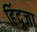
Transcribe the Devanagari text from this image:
हिंदूजा